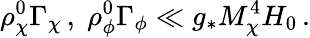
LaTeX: \rho_{\chi}^{0}\Gamma_{\chi}\, ,\; \rho_{\phi}^{0}\Gamma_{\phi}\ll g_{*}M_{\chi}^{4}H_{0}\, .